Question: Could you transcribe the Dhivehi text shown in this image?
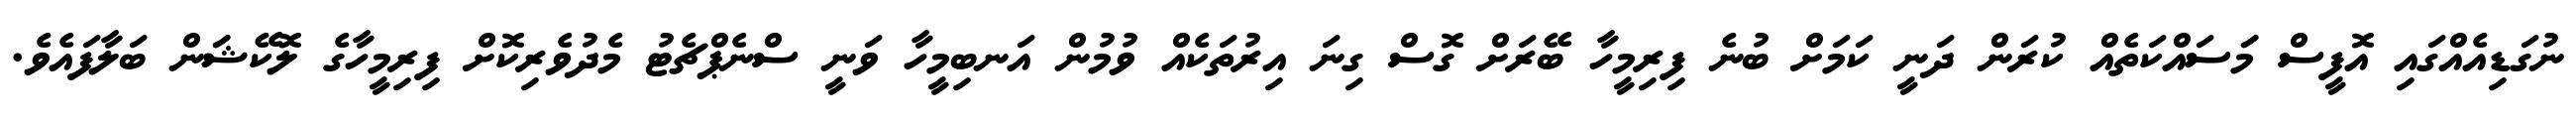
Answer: ނުގަޑިއެއްގައި އޮފީސް މަަސައްކަތެއް ކުރަން ދަނީ ކަމަށް ބުނެ ފިރިމީހާ ބޭރަށް ގޮސް ގިނަ އިރުތަކެއް ވުމުން އަނބިމީހާ ވަނީ ސްނެޕްޗެޓު މެދުވެރިކޮށް ފިރިމީހާގެ ލޮކޭޝަަން ބަލާފައެވެ.